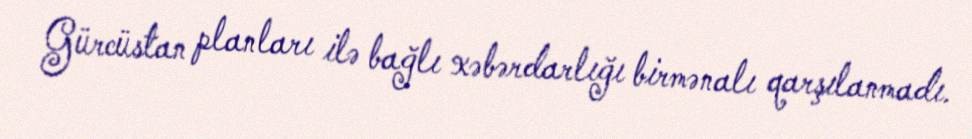
Gürcüstan planları ilə bağlı xəbərdarlığı birmənalı qarşılanmadı.